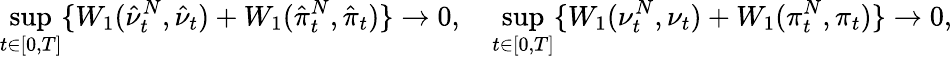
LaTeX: \operatorname*{sup}_{t\in[0,T]}\{ W_{1}(\hat{\nu}_{t}^{N},\hat{\nu}_{t})+W_{1}(\hat{\pi}_{t}^{N},\hat{\pi}_{t})\} \rightarrow 0,\quad\operatorname*{sup}_{t\in[0,T]}\{ W_{1}({\nu}_{t}^{N},{\nu}_{t})+W_{1}({\pi}_{t}^{N},{\pi}_{t})\} \rightarrow 0,